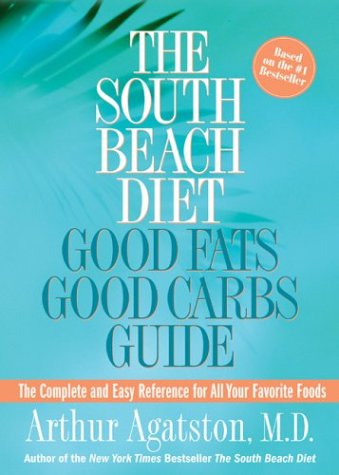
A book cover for The South Beach Diet Good Fats/Good Carbs Guide: The Complete and Easy Reference for All Your Favorite Foods; Arthur Agatston; Health, Fitness & Dieting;